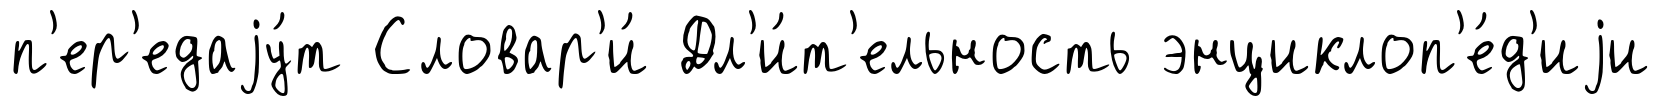
п'ер'едаjу́т Словар'и́ Дл'и́т'ельность энциклоп'е́д'иjи